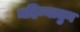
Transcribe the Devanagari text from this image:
महिन्यातुन